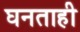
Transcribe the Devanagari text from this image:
घनताही